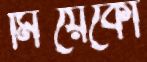
মিয়েকো